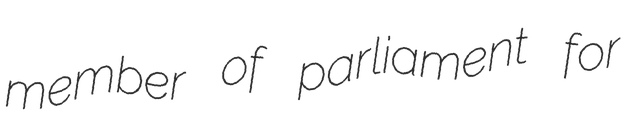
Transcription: member of parliament for